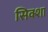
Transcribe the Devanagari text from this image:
सिक्शा